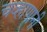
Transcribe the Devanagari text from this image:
चव्हाणानी